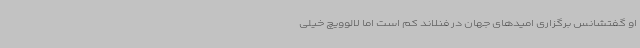
او گفتشانس برگزاری امیدهای جهان در فنلاند کم است اما لالوویچ خیلی